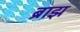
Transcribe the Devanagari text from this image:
ब्राझ